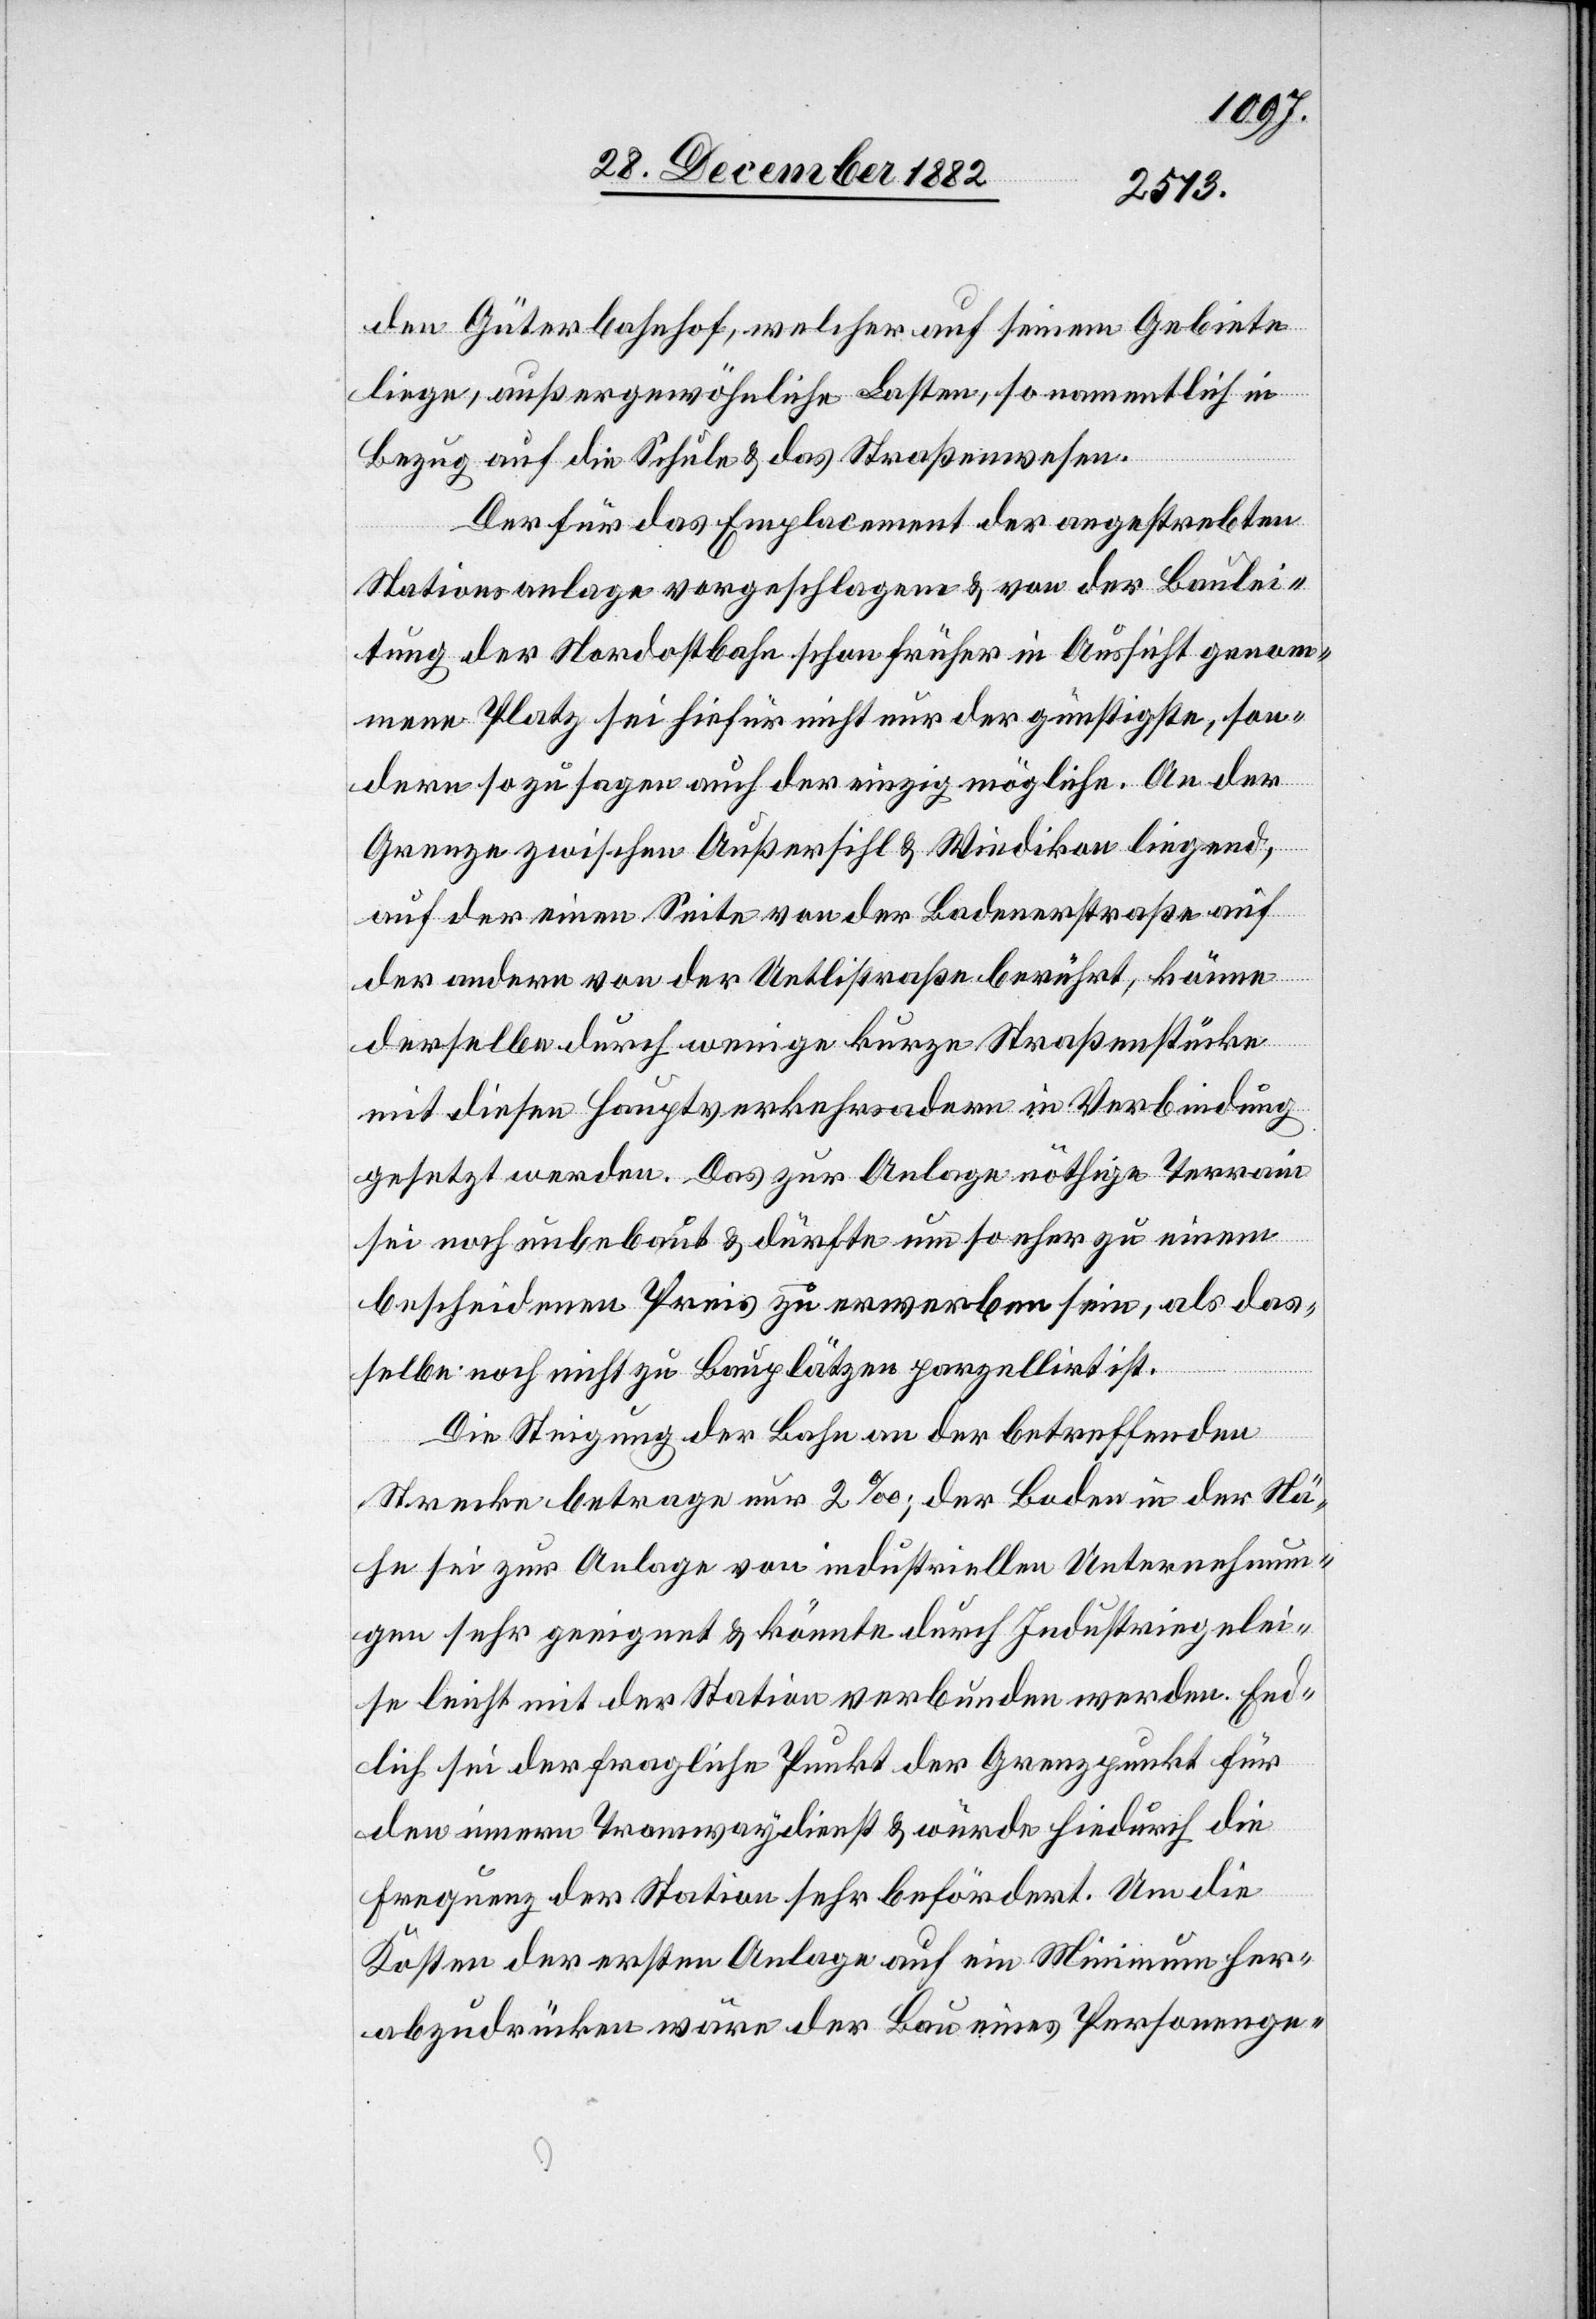
den Güterbahnhof, welcher auf seinem Gebiete
liege, außergewöhnliche Lasten, so namentlich in
Bezug auf die Schule & das Straßenwesen.
Der für das Emplacement der angestrebten
Stationsanlage vorgeschlagene & von der Baulei¬
tung der Nordostbahn schon früher in Aussicht genom¬
mene Platz sei hiefür nicht nur der günstigste, son¬
dern so zu sagen auch der einzig mögliche. An der
Grenze zwischen Außersihl & Wiedikon liegend,
auf der einen Seite von der Badenerstraße auf
der andern von der Uetlistraße berührt, könne
derselbe durch wenige kurze Straßenstücke
mit diesen Hauptverkehrsadern in Verbindung
gesetzt werden. Das zur Anlage nöthige Terrain
sei noch unbebaut & dürfte um so eher zu einem
bescheidenen Preis zu erwerben sein, als das¬
selbe noch nicht zu Bauplätzen parzellirt ist.
Die Steigung der Bahn an der betreffenden
Strecke betrage nur 2‰; der Boden in der Nä¬
he sei zur Anlage von industriellen Unternehmun¬
gen sehr geeignet & könnte durch Industriegelei¬
se leicht mit der Station verbunden werden. End¬
lich sei der fragliche Punkt der Grenzpunkt für
den innern Tramwaydienst & würde hiedurch die
Frequenz der Station sehr befördert. Um die
Kosten der ersten Anlage auf ein Minimum her¬
abzudrücken wäre der Bau eines Personenge-